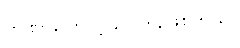
တဏှာကြောင့် ဥပါဒါန်ဖြစ်တယ်။